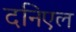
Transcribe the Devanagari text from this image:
दनिएल